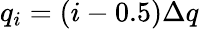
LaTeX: q_{i}=(i-0.5)\Delta q